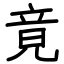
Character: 竟